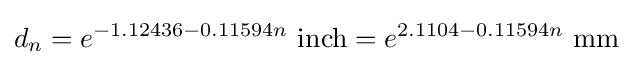
d_{n}=e^{-1.12436-0.11594n}\ \mathrm {inch} =e^{2.1104-0.11594n}\ \mathrm {mm}